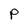
Character: p